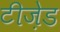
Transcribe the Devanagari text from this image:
टीज़ेड